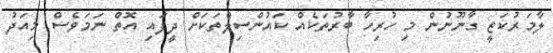
ލާމަރުކަޒީ ގާނޫނުން މި ހުރިހާ ބާރުތަކެއް ކައުންސިލްތަކަށް ދީފައި އޮތް ނަމަވެސް މިއަދު